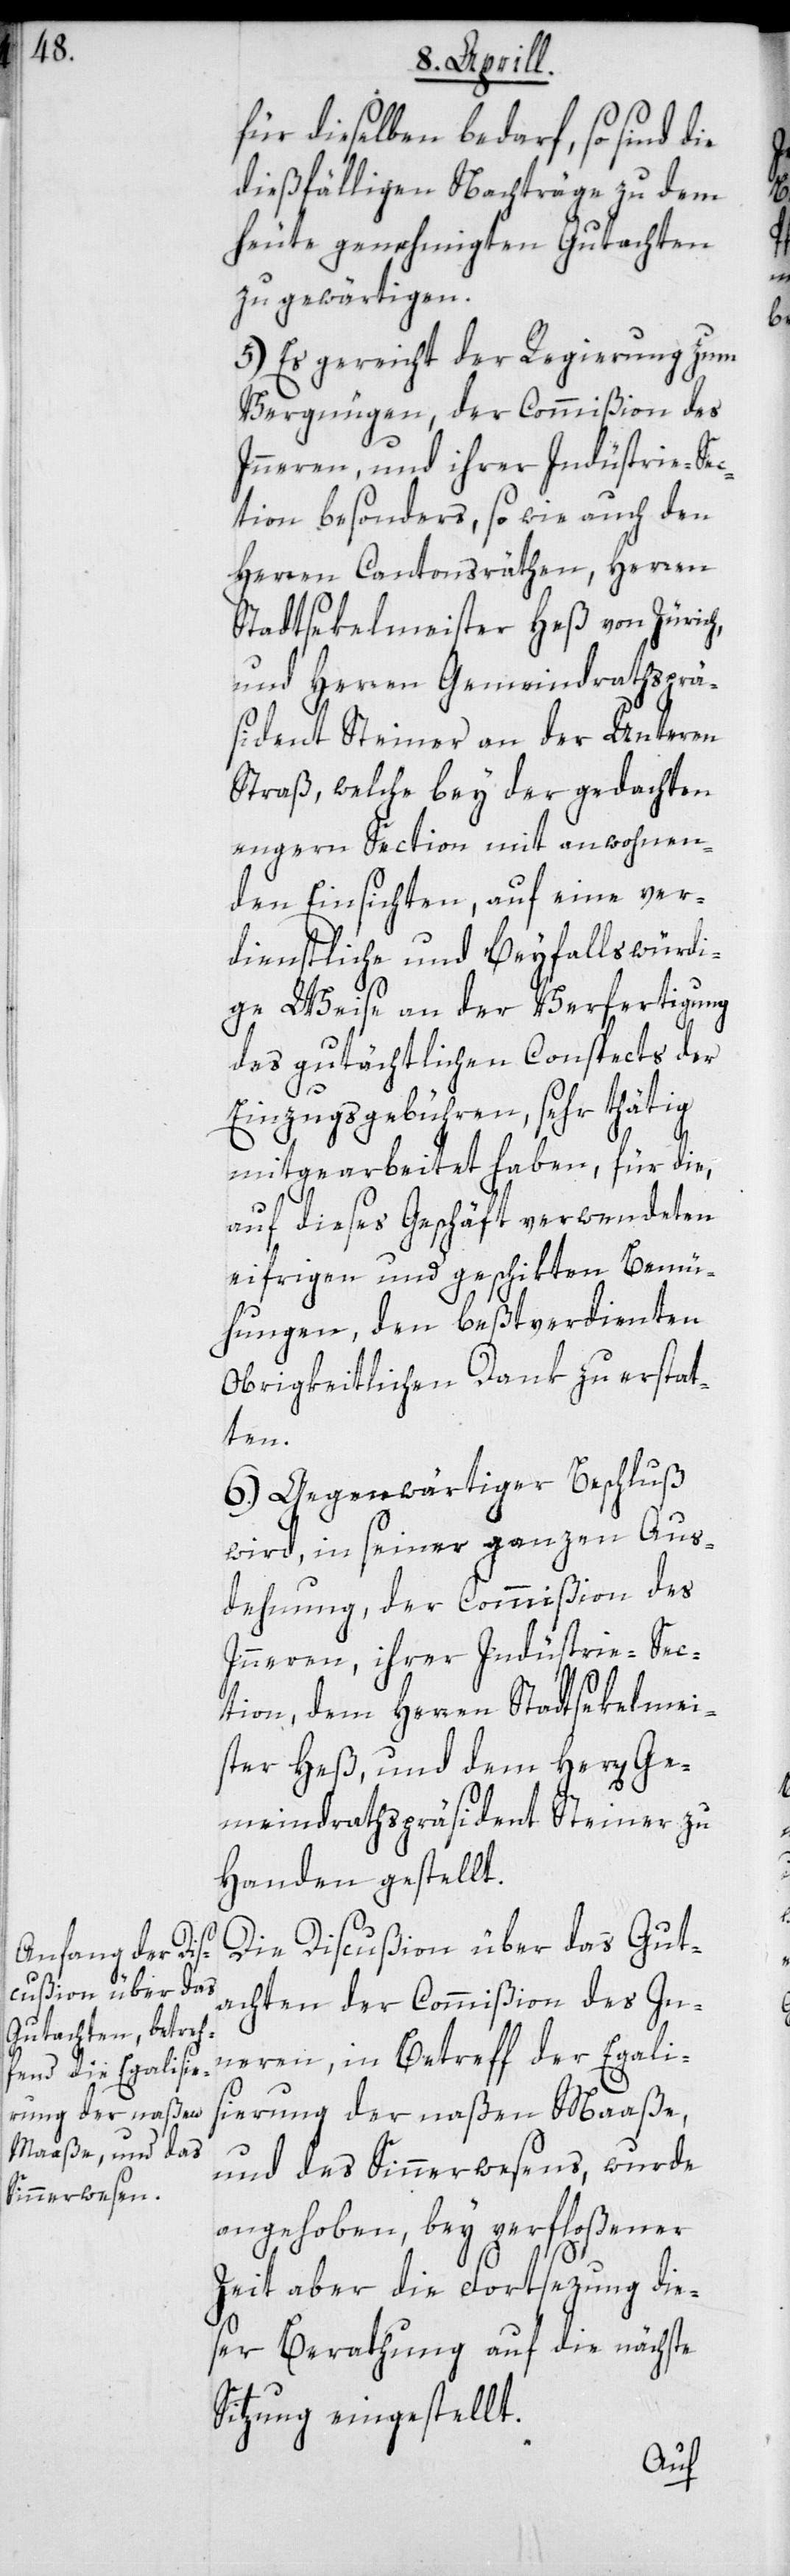
für dieselben bedarf, so sind die
dießfälligen Nachträge zu dem
heute genehmigten Gutachten
zu gewärtigen.
5.) Es gereicht der Regierung zum
Vergnügen, der Commißion des
Innern und ihrer Industrie-Sec¬
tion besonders, sowie auch den
Herren Cantonsräthen, Herren
Stadtsekelmeister Heß von Zürich,
und Herren Gemeindrathsprä¬
sident Steiner an der Unteren
Straß, welche bey der gedachten
engern Section mit anwohnen¬
den Einsichten, auf eine ver¬
dienstliche und Beyfallswürdi¬
ge Weise an der Verfertigung
des gutächtlichen Conspects der
Einzugsgebühren, sehr thätig
mitgearbeitet haben, für die,
auf dieses Geschäft verwendeten
eifrigen und geschikten Bemü¬
hungen, den bestverdienten
Obrigkeitlichen Dank zu erstat¬
ten.
6.) Gegenwärtiger Beschluß
wird in seiner ganzen Aus¬
dehnung, der Commißion des
Innern, ihrer Industrie-Sec¬
tion, dem Herren Stadtsekelmei¬
ster Heß und dem Herren Ge¬
meindrathspräsident Steiner zu
Handen gestellt.
Die Discußion über das Gut¬
achten der Commißion des In¬
nern, in Betreff der Egali¬
sierung der naßen Maaße
und des Sinnerwesens, wurde
angehoben, bey verfloßener
Zeit aber die Fortsezung die¬
ser Berathung auf die nächste
Sitzung eingestellt.